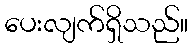
ပေးလျက်ရှိသည်။